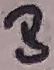
Text: B